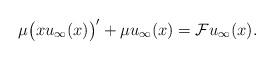
LaTeX: \begin{align*}\mu\bigl(xu_\infty(x)\bigr)'+\mu u_\infty(x)=\mathcal F u_\infty(x).\end{align*}